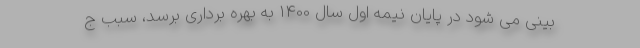
بینی می شود در پایان نیمه اول سال 1400 به بهره برداری برسد، سبب ج